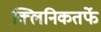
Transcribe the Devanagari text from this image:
क्‍लिनिकतर्फे